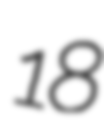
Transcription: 18